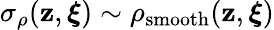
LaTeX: \sigma_{\rho}(\mathbf{z},\boldsymbol{\xi})\sim\rho_{\mathrm{{smooth}}}(\mathbf{z},\boldsymbol{\xi})